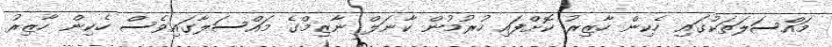
މައްސަލަތަކުގައި ހެކިން ހާޒިރު ކޮށްފައި ހުރުމުން ކާނަލް ނާޒިމްގެ މައްސަލާގައިވެސް ހެކިން ހާޒިރު